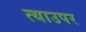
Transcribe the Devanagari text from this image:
त्याउपर